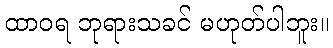
ထာဝရ ဘုရားသခင် မဟုတ်ပါဘူး။